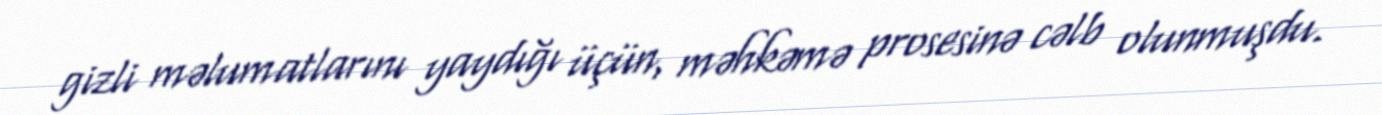
gizli məlumatlarını yaydığı üçün, məhkəmə prosesinə cəlb olunmuşdu.